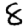
Digit: 8